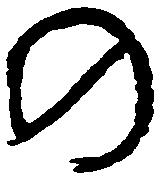
の